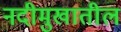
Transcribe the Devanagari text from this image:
नदीमुखातील